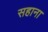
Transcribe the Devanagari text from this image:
सहाना